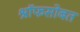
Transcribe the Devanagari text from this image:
श्रॉफसोबत